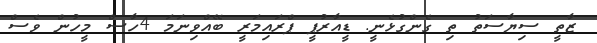
ޒާތީ ސިޔާސަތު ތި ގެންގުޅެނީ. ޑީއާރުޕީ ޕްރައިމަރީ ބޭއްވިނަމަ 4ހާސް މީހުން ވެސް